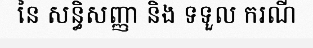
នៃ សន្ធិសញ្ញា និង ទទួល ករណី